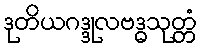
ဒုတိယဂဒ္ဒုလဗဒ္ဓသုတ္တံ